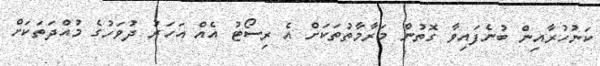
ކަނުހުރާއިން ބުނެފައިވާ ގޮތުން މަރާމާތުތަކަށް އެ ރިސޯޓު އެއް އަހަރު ދުވަހުގެ މުއްދަތަކަށް